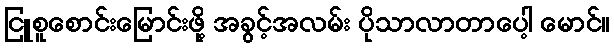
ငြူစူစောင်းမြောင်းဖို့ အခွင့်အလမ်း ပိုသာလာတာပေါ့ မောင်။